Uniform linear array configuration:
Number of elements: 48
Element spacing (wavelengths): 0.75
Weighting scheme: cosine
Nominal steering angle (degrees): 45
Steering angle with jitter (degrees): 43.564
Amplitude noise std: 0.05
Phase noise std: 0.05

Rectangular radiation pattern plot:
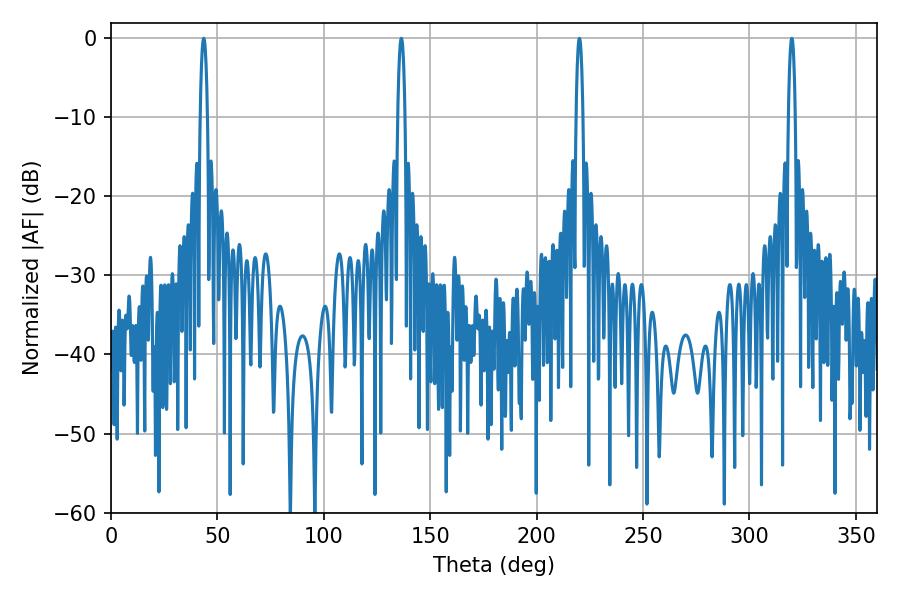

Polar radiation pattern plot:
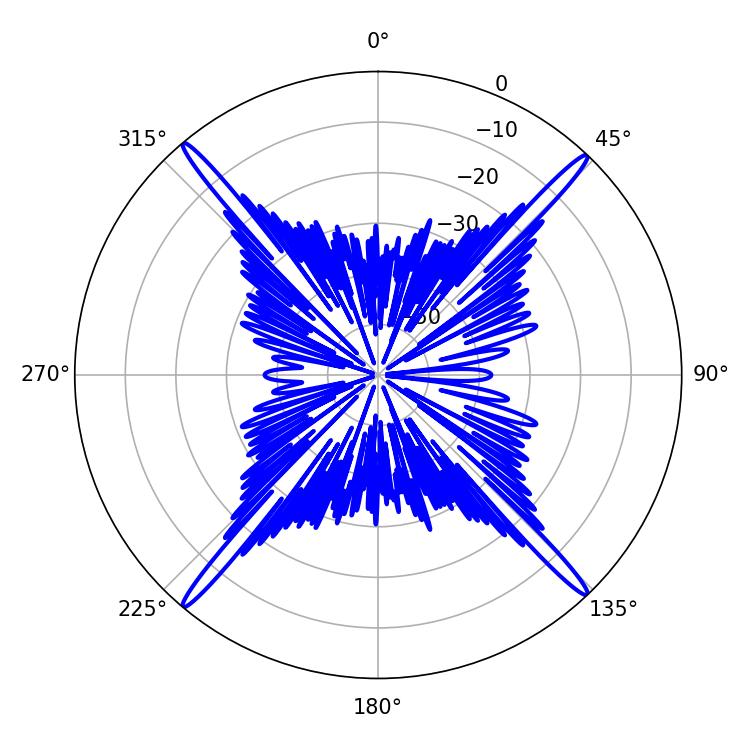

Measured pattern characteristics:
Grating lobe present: TRUE
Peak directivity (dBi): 24.936
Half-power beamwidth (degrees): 1.8
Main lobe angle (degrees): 43.56